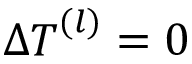
\Delta { \boldsymbol { T } } ^ { ( l ) } = 0